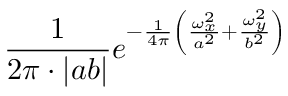
{ \frac { 1 } { 2 \pi \cdot | a b | } } e ^ { - { \frac { 1 } { 4 \pi } } \left( { \frac { \omega _ { x } ^ { 2 } } { a ^ { 2 } } } + { \frac { \omega _ { y } ^ { 2 } } { b ^ { 2 } } } \right) }